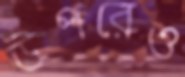
উপরেও